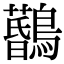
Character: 𪆨